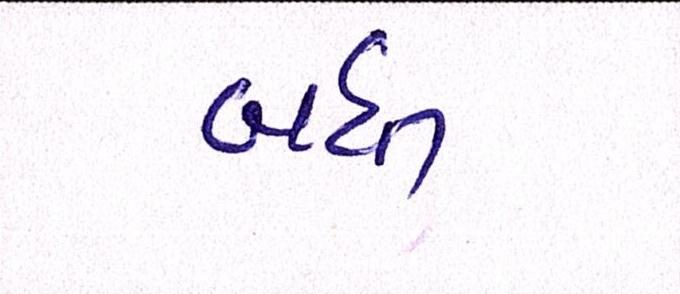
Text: બધી